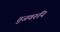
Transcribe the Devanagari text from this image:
तुजवरुनि